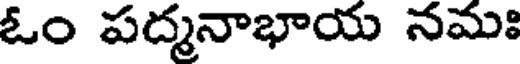
ఓం పద్మనాభాయ నమః